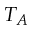
T _ { A }